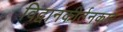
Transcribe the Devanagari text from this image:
विद्वानकीर्तनकार